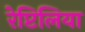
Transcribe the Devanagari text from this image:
रेप्टिलिया